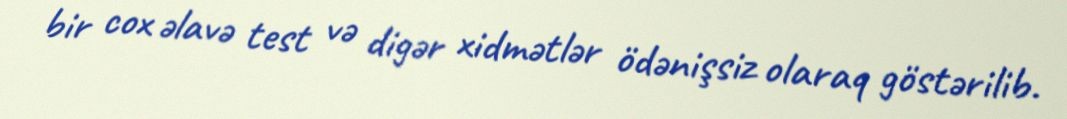
bir cox əlavə test və digər xidmətlər ödənişsiz olaraq göstərilib.